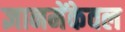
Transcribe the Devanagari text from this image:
ज्ञानमेंकेवल